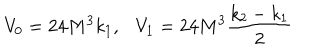
V _ { 0 } = 2 4 M ^ { 3 } k _ { 1 } , V _ { 1 } = 2 4 M ^ { 3 } \frac { k _ { 2 } - k _ { 1 } } { 2 }